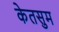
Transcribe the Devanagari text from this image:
केतसुम